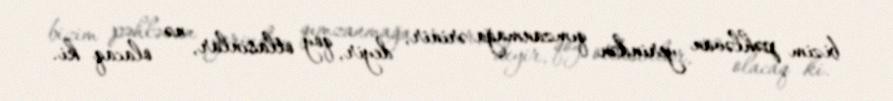
bizim pəhləvan yerindən qımzanmağa ərinir, deyir, qoy otlasınlar, nə olacaq ki.